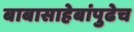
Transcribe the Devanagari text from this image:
बाबासाहेबांपुढेच